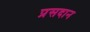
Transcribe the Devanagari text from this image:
प्रसदान